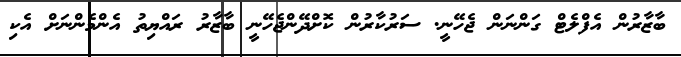
ބާޒާރުން އެފްލެޓް ގަންނަން ޖެހޭނީ. ސަރުކާރުން ކޮށްދޭންޖެހޭނީ ބާޒާރު ރައްޔިތު އެންމެންނަށް އެކި